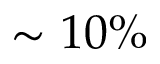
\sim 1 0 \%